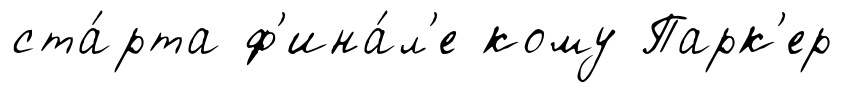
ста́рта ф'ина́л'е кому Парк'ер